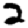
Digit: 2